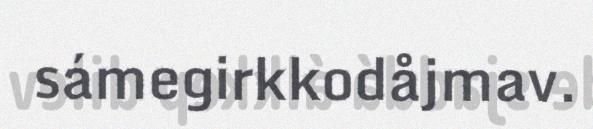
sámegirkkodåjmav.